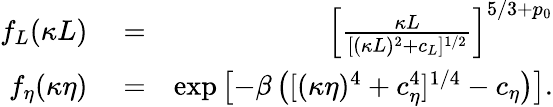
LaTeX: \begin{array}{rlr}{f_{L}(\kappa L)}&{{}=}&{\left[\frac{\kappa L}{[(\kappa L)^{2}+c_{L}]^{1/2}}\right]^{5/3+p_{0}}}\\ {f_{\eta}(\kappa\eta)}&{{}=}&{\mathrm{exp}\left[-\beta\left([(\kappa\eta)^{4}+c_{\eta}^{4}]^{1/4}-c_{\eta}\right)\right].}\end{array}